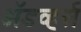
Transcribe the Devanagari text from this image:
अॅडव्हर्स